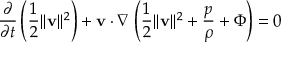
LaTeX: { \frac { \partial } { \partial t } } \left( { \frac { 1 } { 2 } } \| { \bf { v } } \| ^ { 2 } \right) + { \bf { v } } \cdot \nabla \left( { \frac { 1 } { 2 } } \| { \bf { v } } \| ^ { 2 } + { \frac { p } { \rho } } + \Phi \right) = 0